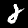
Digit: 2